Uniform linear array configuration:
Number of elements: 48
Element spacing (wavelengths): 0.5
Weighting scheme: blackman
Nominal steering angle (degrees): -60
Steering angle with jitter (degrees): -58.881
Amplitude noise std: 0.05
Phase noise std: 0.05

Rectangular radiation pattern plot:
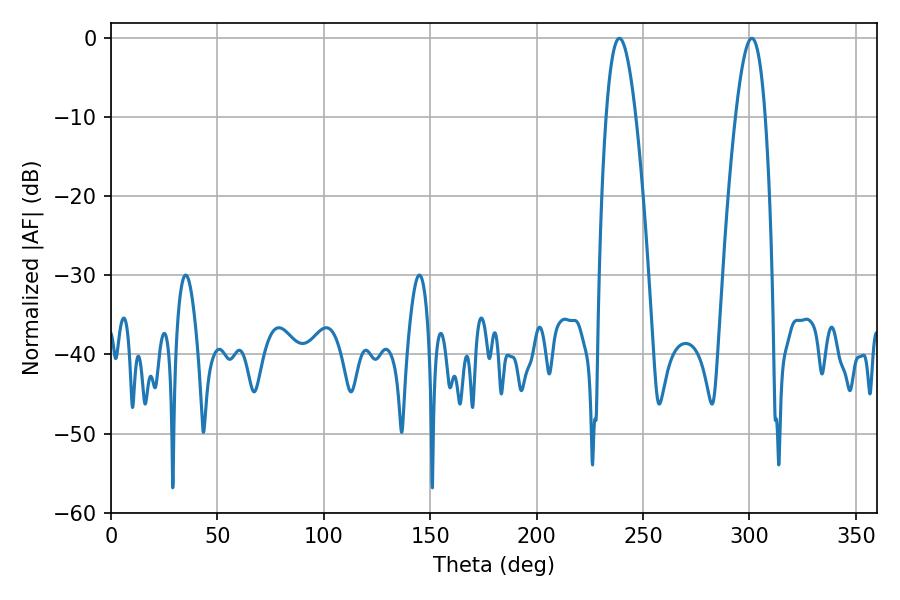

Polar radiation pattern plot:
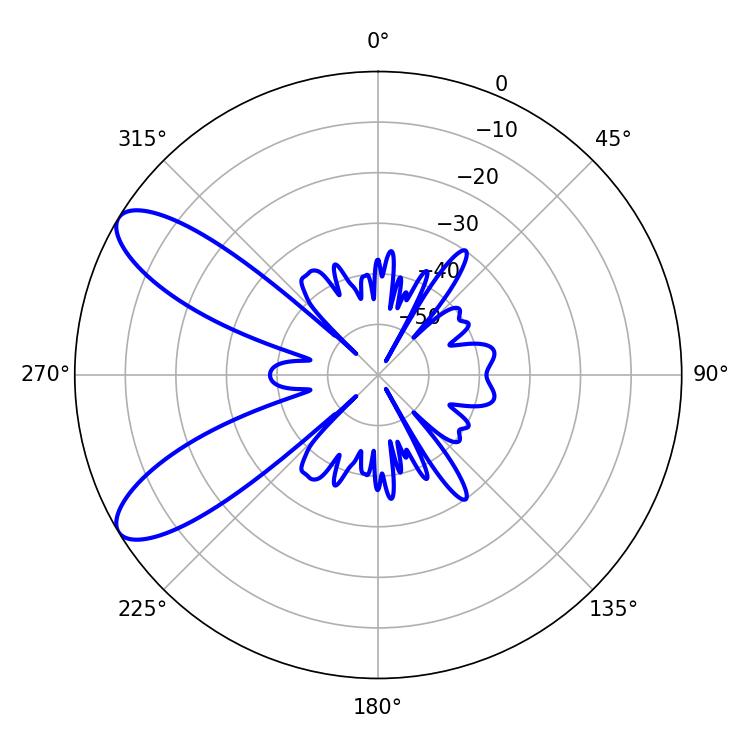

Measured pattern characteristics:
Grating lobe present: FALSE
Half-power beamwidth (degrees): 7.56
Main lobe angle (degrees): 238.86